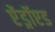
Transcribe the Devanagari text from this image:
ऐंड्रॉएड